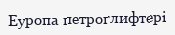
Еуропа петроглифтері